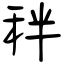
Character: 秚